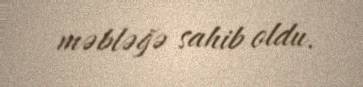
məbləğə sahib oldu.